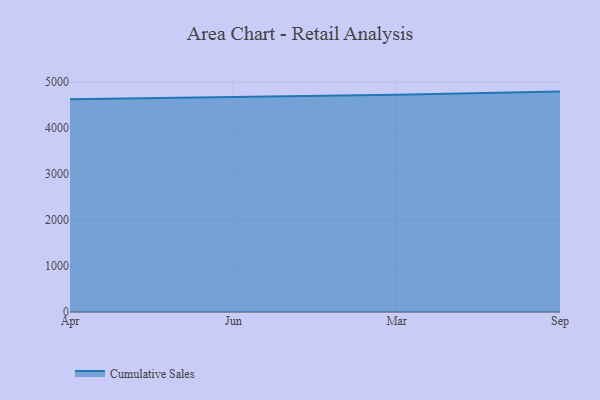
{"axis": {"x": "Month", "y": "Conversion Rate (%)"}, "legend": ["Cumulative Sales"], "data": [{"x": "Apr", "y": 4630.6, "type": "Cumulative Sales"}, {"x": "Jun", "y": 4676.5, "type": "Cumulative Sales"}, {"x": "Mar", "y": 4725.1, "type": "Cumulative Sales"}, {"x": "Sep", "y": 4795.4, "type": "Cumulative Sales"}]}